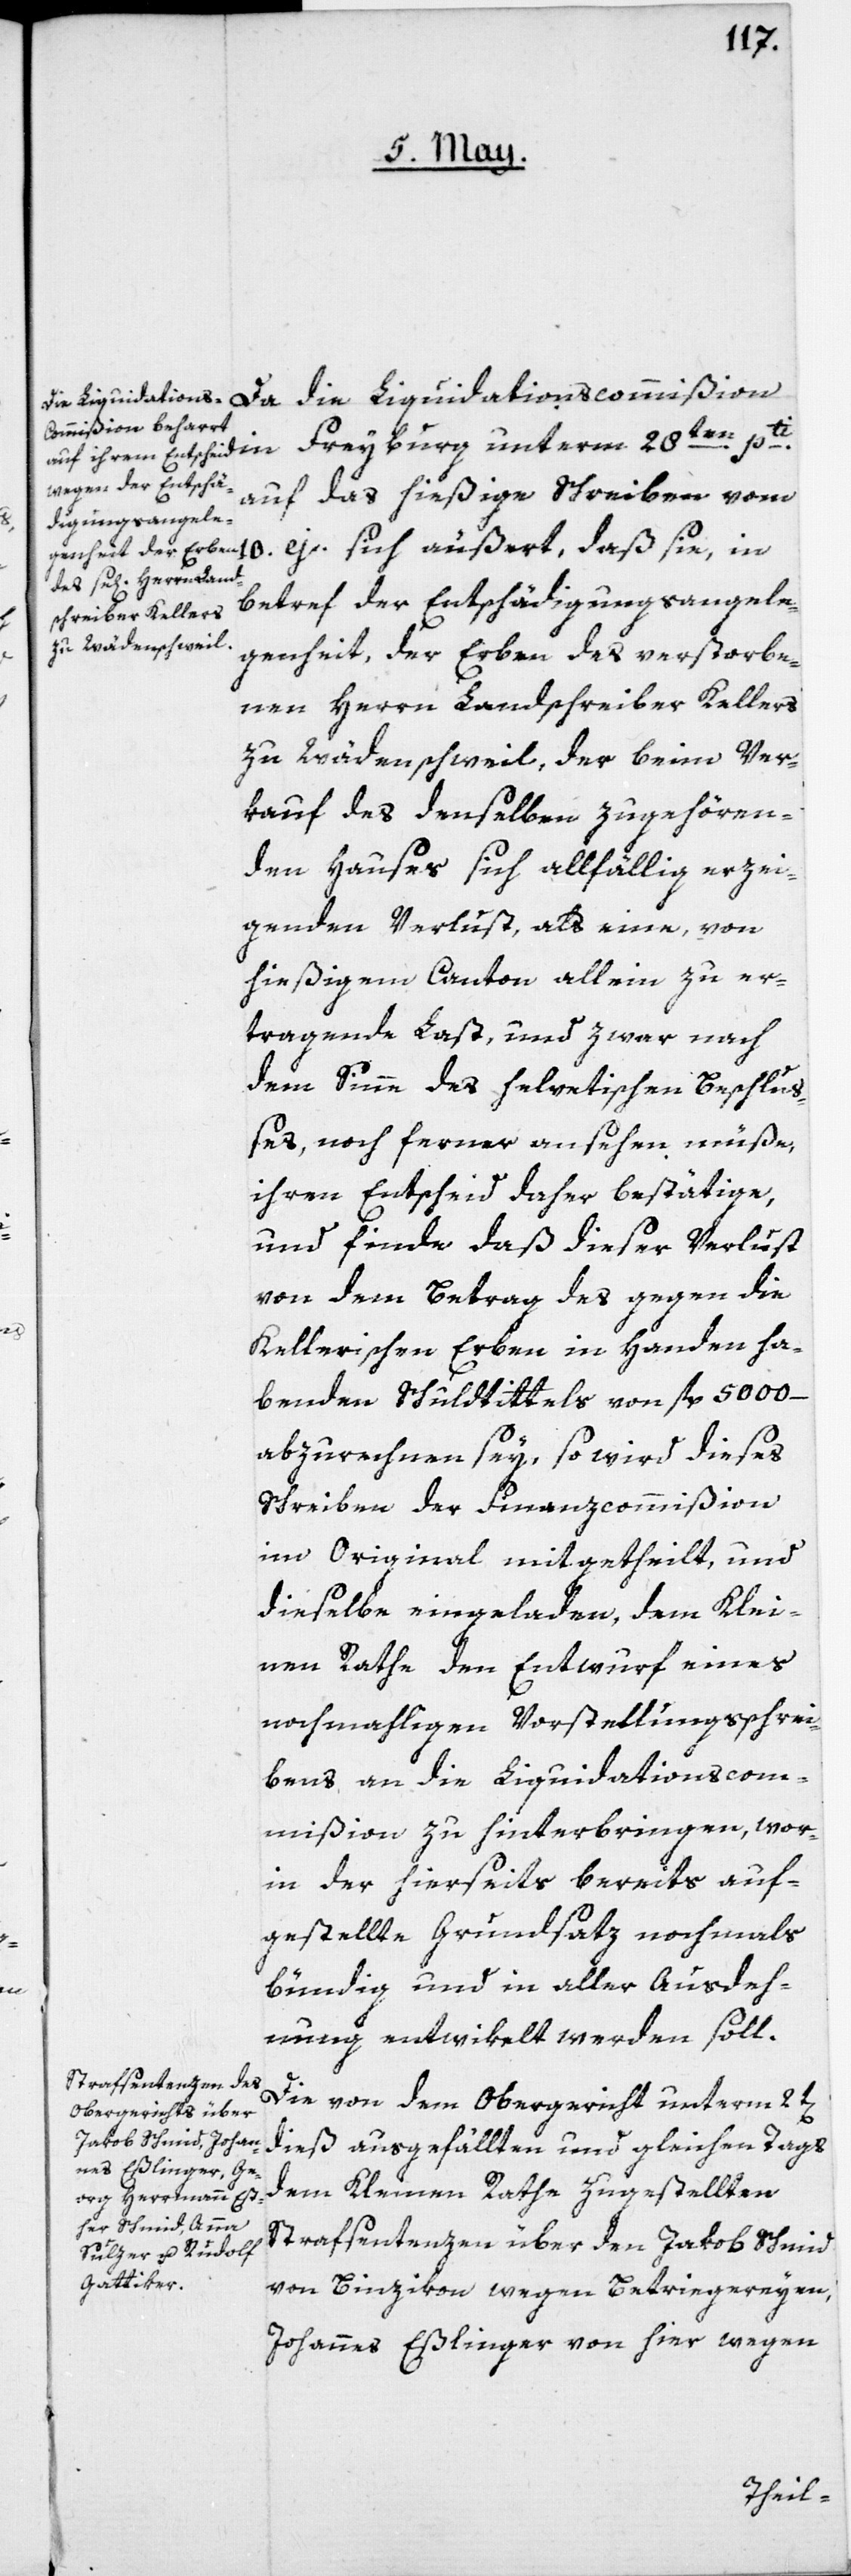
sie,

10.
auf das hießige Schreiben vom
betref der Entschädigungsangele¬
genheit, der Erben des verstorbe¬
nen Herrn Landschreiber Kellers
zu Wädenschweil, der beim Ver¬
kauf des denselben zugehören¬
den Hauses sich allfällig erzei¬
genden Verlust, als eine, von
hießigem Canton allein zu er¬
tragende Last, und zwar nach
dem Sinne des helvetischen Beschluß¬
es, noch ferner ansehen müße,
ihren Entscheid daher bestätige,
und finde, daß dieser Verlust
von dem Betrag des gegen die
Kellerischen Erben in Handen ha¬
benden Schuldtittels von fl. 5000 –
abzurechnen sey, so wird dieses
Schreiben der Finanzcommißion
im Original mitgetheilt, und
dieselbe eingeladen, dem Klei¬
nen Rathe den Entwurf eines
nochmahligen Vorstellungsschrei¬
bens an die Liquidationscom¬
mißion zu hinterbringen, wor¬
in der hierseits bereits auf¬
gestellte Grundsaz nochmals
bündig und in aller Ausdeh¬
nung entwikelt werden soll.
Die von dem Obergericht unterm 2t[en]
dieß ausgefällten und gleichen Tags
dem Kleinen Rathe zugestellten
Strafsentenzen über den Jakob Schmid
von Binzikon wegen Betriegereyen,
Johannes Eßlinger von hier wegen